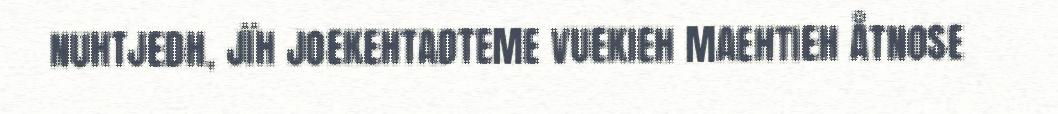
NUHTJEDH, JÏH JOEKEHTADTEME VUEKIEH MAEHTIEH ÅTNOSE